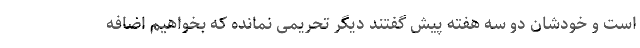
است و خودشان دو سه هفته پیش گفتند دیگر تحریمی نمانده که بخواهیم اضافه